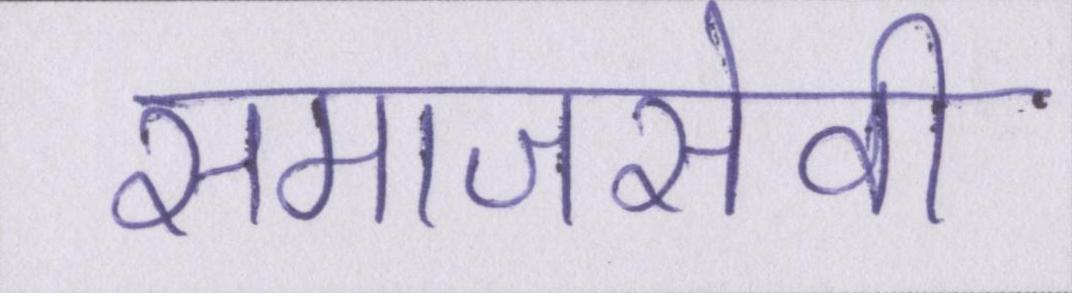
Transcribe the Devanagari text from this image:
समाजसेवी